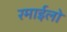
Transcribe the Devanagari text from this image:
रमाईलो